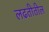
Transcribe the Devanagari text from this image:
लढतीतील